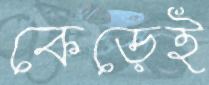
কেড়েই